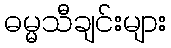
ဓမ္မသီချင်းများ